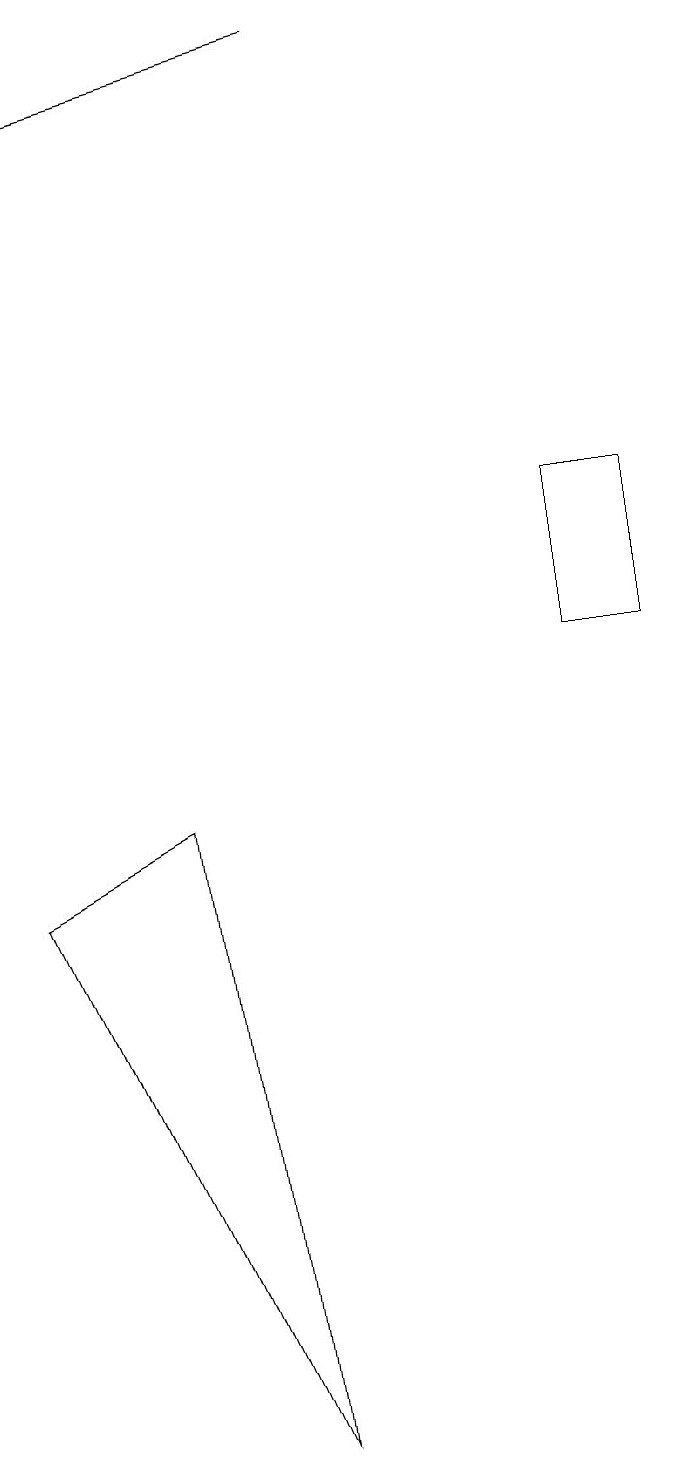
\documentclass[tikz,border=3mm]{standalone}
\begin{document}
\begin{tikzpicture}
\draw (7,13) rectangle (8,11);
\draw[->] (4,19) -- (0,18);
\draw (3,1) -- (0,8) -- (2,9) -- cycle;
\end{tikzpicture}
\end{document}